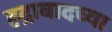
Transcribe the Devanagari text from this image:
हद्राबादच्या